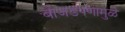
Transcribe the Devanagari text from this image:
बोजडपणामुळे